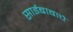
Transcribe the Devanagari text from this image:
साईबाबाचे